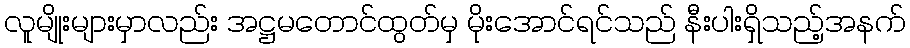
လူမျိုးများမှာလည်း အဋ္ဌမတောင်ထွတ်မှ မိုးအောင်ရင်သည် နီးပါးရှိသည့်အနက်